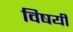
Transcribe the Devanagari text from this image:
विषयीं